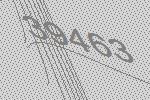
39463